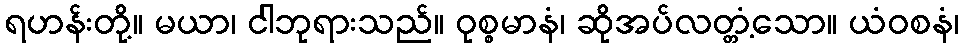
ရဟန်းတို့။ မယာ၊ ငါဘုရားသည်။ ဝုစ္စမာနံ၊ ဆိုအပ်လတ္တံ့သော။ ယံဝစနံ၊